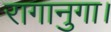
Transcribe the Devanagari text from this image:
रागानुगा।